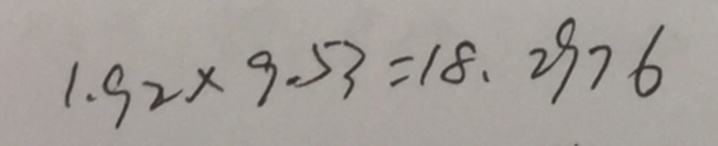
1 . 9 2 \times 9 . 5 3 = 1 8 . 2 9 7 6